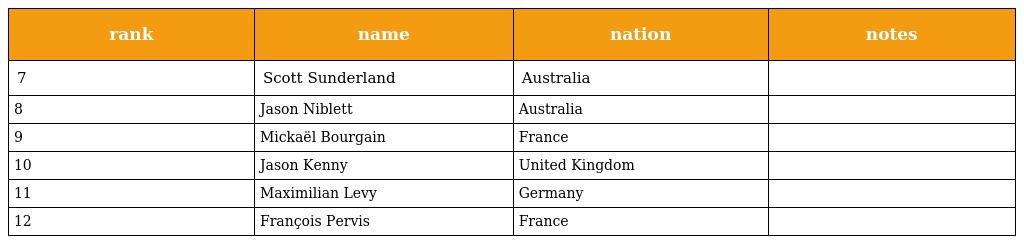
| rank | name | nation | notes |
 | --- | --- | --- | --- |
 | 7 | Scott Sunderland | Australia |  |
 | 8 | Jason Niblett | Australia |  |
 | 9 | Mickaël Bourgain | France |  |
 | 10 | Jason Kenny | United Kingdom |  |
 | 11 | Maximilian Levy | Germany |  |
 | 12 | François Pervis | France |  |